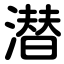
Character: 潜